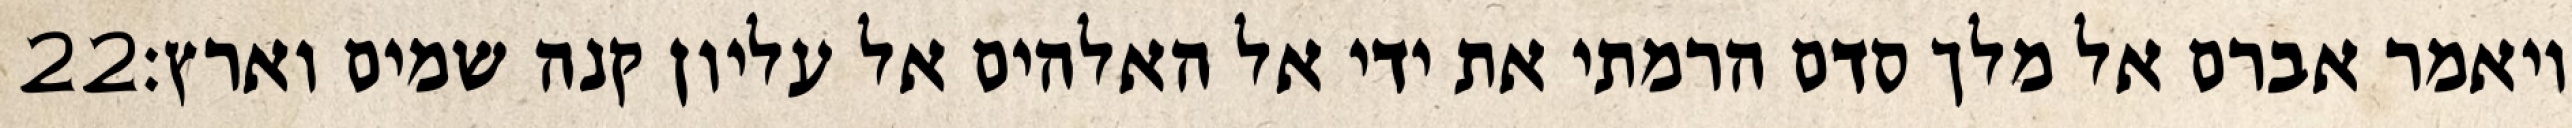
‎22‏ ויאמר אברם אל מלך סדם הרמתי את ידי אל האלהים אל עליון קנה שמים וארץ׃